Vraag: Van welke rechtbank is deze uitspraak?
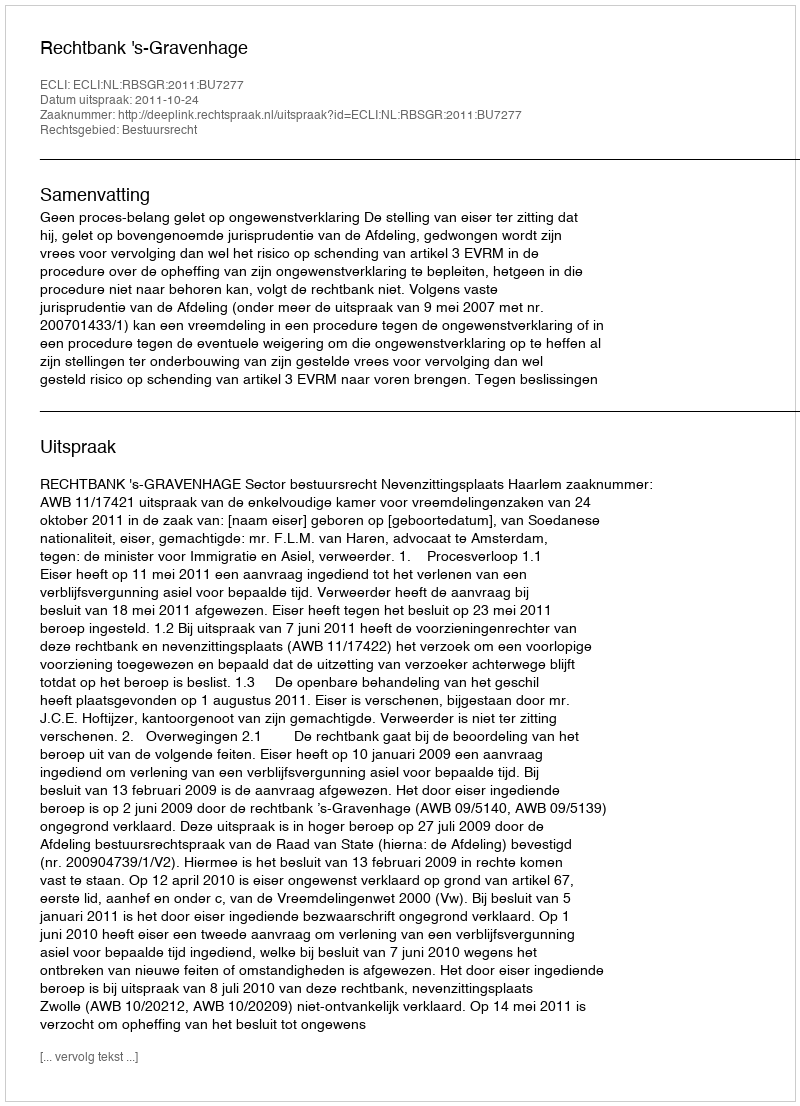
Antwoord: Rechtbank 's-Gravenhage